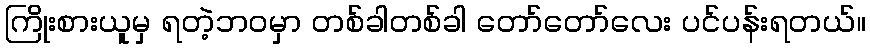
ကြိုးစားယူမှ ရတဲ့ဘ၀မှာ တစ်ခါတစ်ခါ တော်တော်လေး ပင်ပန်းရတယ်။